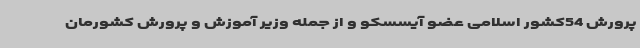
پرورش 54کشور اسلامی عضو آیسسکو و از جمله وزیر آموزش‌ و پرورش کشورمان